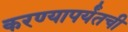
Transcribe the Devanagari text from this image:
करण्यापर्यंतची